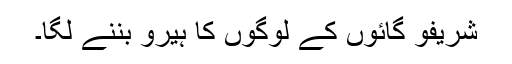
شریفو گائوں کے لوگوں کا ہیرو بننے لگا۔